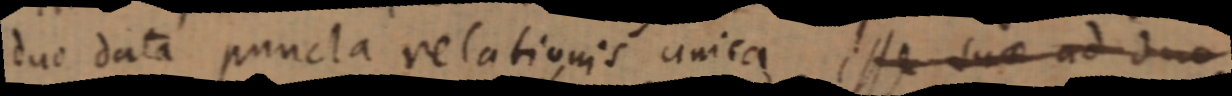
duo data puncta relationis unica esse suae ad duo